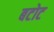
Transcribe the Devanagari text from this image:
बटोट